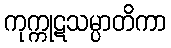
ကုက္ကုဋသမ္ပာတိကာ